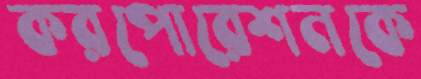
করপোরেশনকে